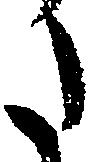
た